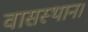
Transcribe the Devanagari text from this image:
वासस्थान।